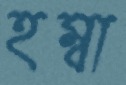
হম্বা